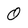
Character: 0